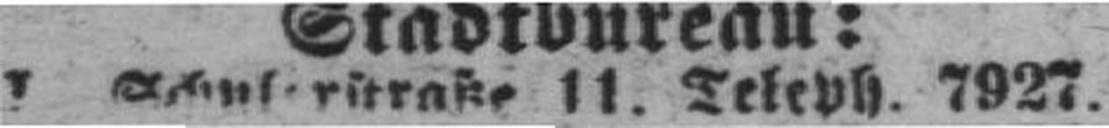
I Schulertraße 11. Teleph. 7927.